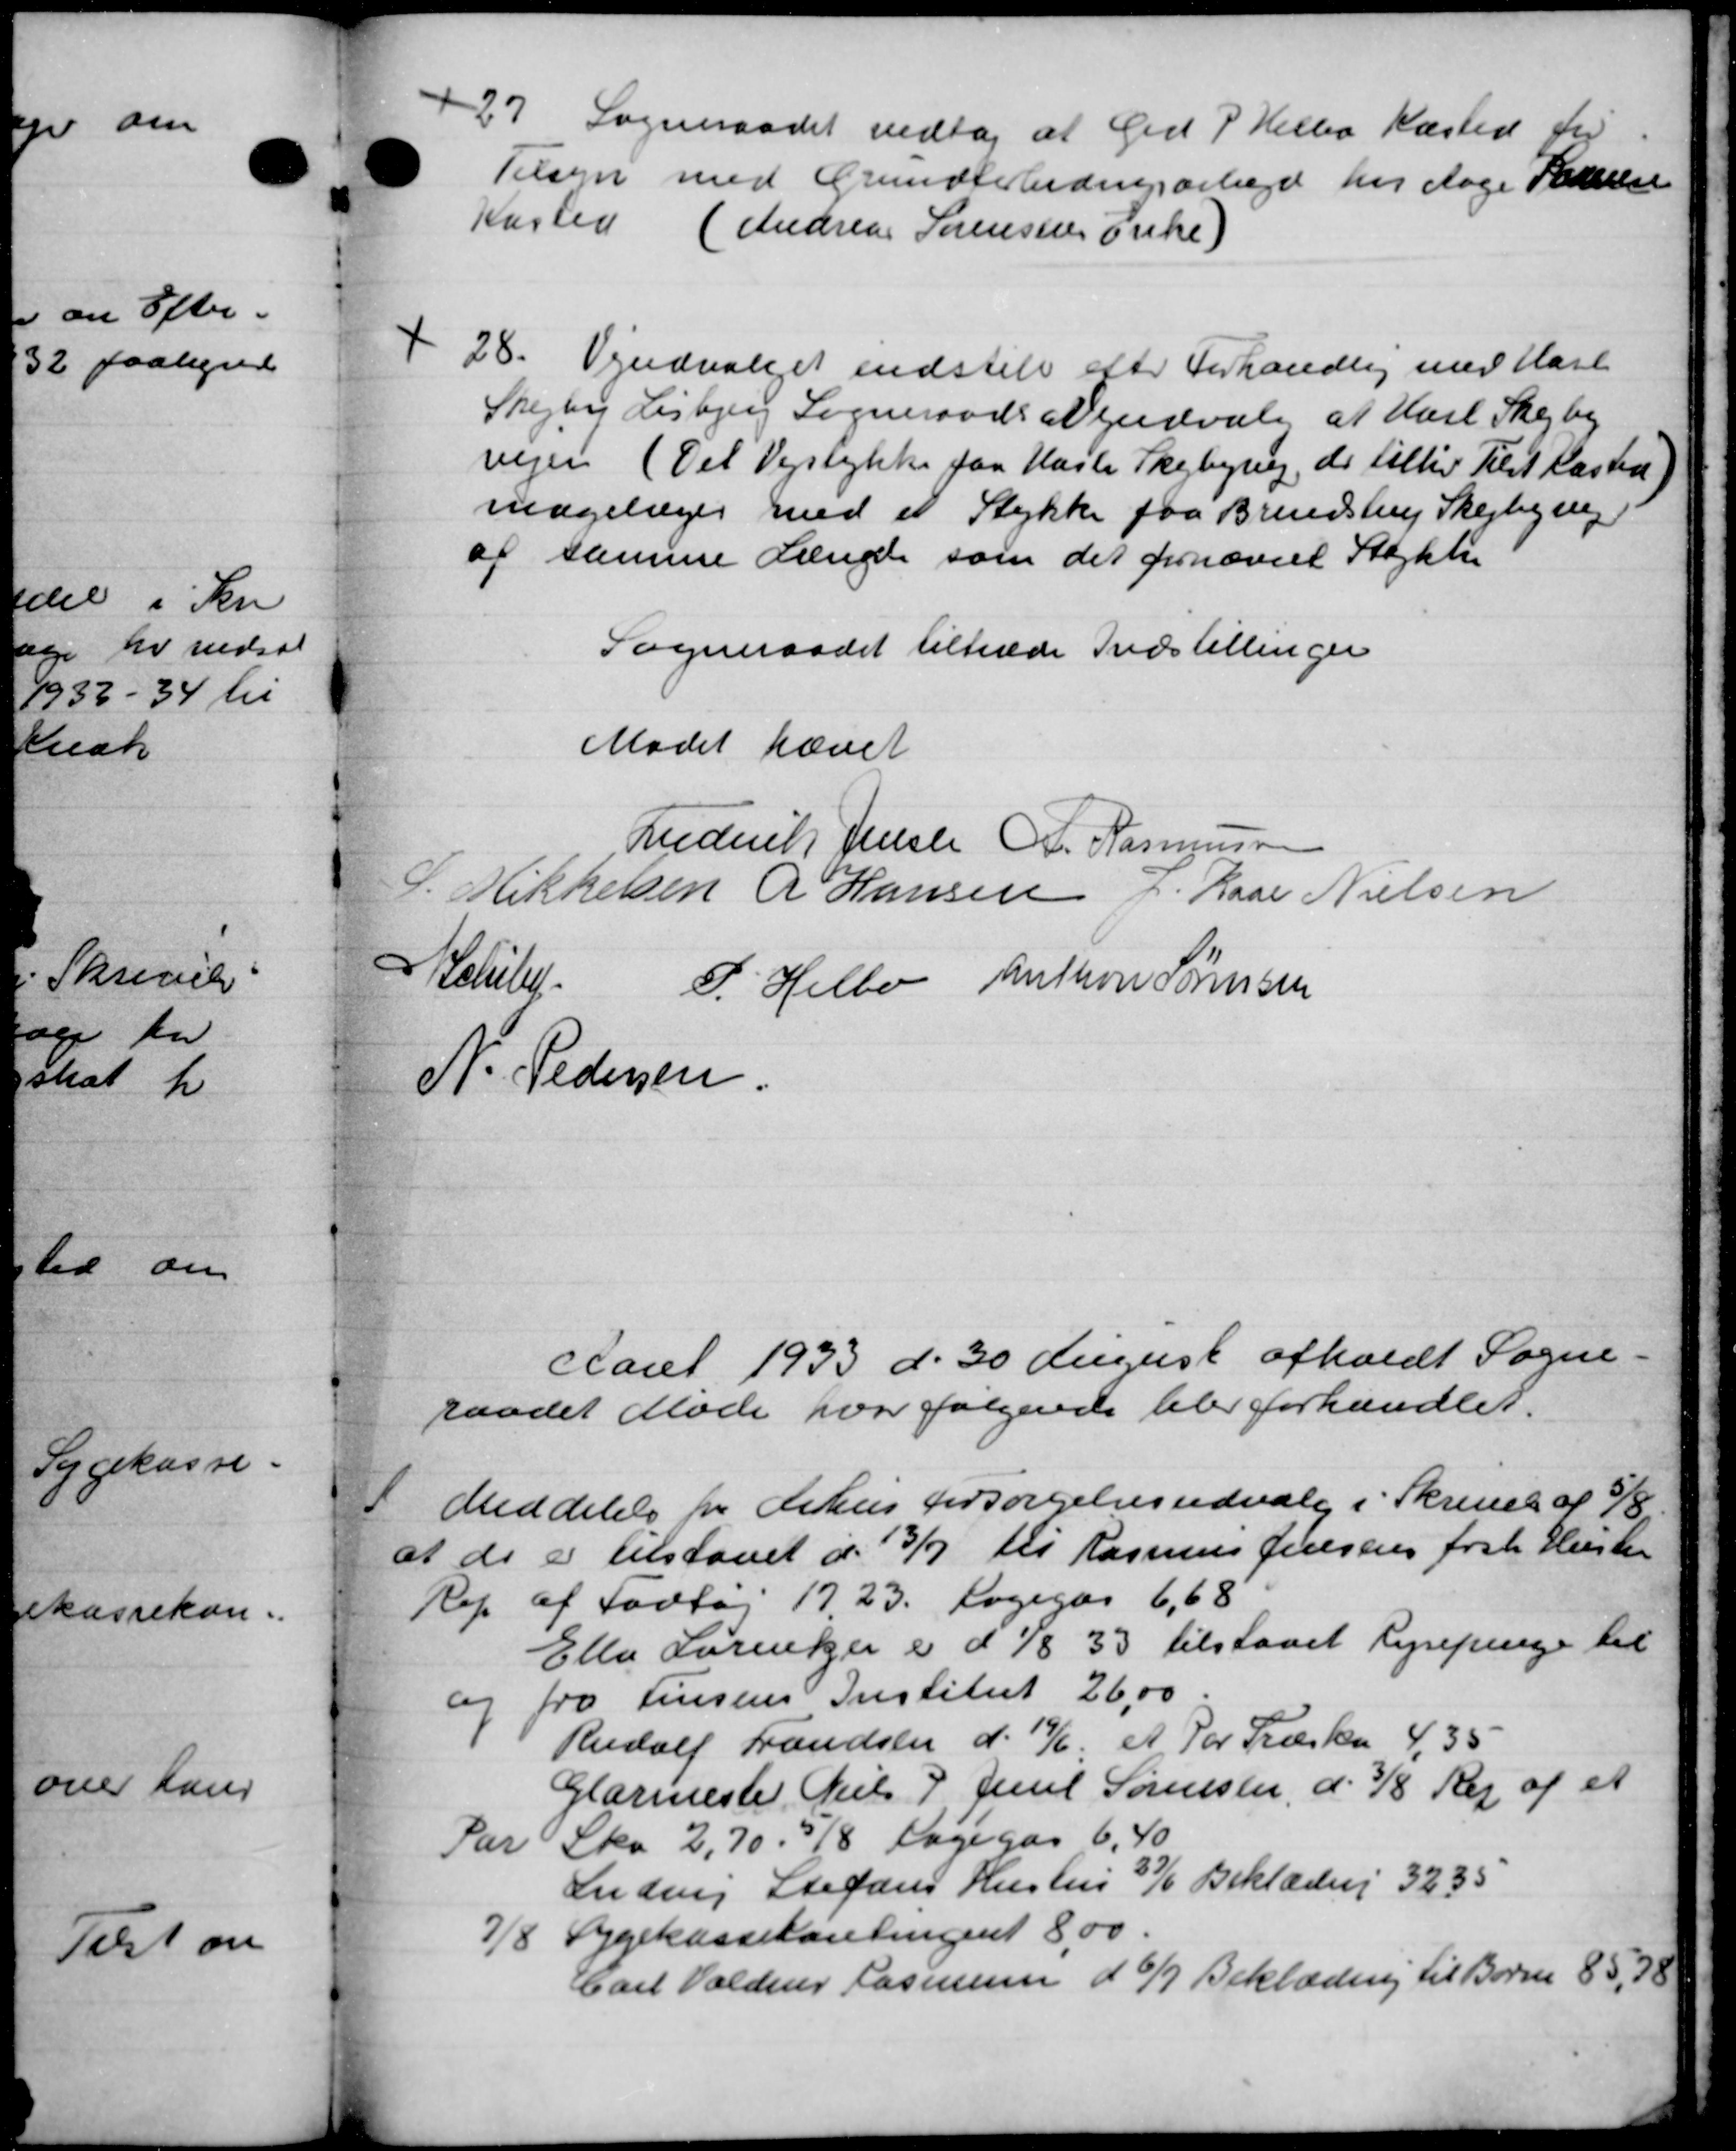
Transskription:
27.
Sogneraadet vedtog at Grd P. Helbo Kæsted for
Tilsyn med Grundforbedringsarbejde her dage Førelse
Kasted (Andreas Sørensens Enke)
+ 28. Vejudvalget indstile efter Forhandling med Hasl
+ 28. Vejudvalget indstile efter Forhandling med Hasl
Skejby Lisbjerg Sogneraads at endvalg at Karl Skejby
vejen (Til Vejstykke paa Hasle Skejbyrup, de tillig Tilst Kasted)
mogeliges med et Stykke faa Brendstrup Skejbyning
af samme Længde som det fornævnt Stykke
Sogneraadet tiltræde Indstillinger
Mødet hævet
Frederik Jensen A. Rasmussen
L. Mikkelsen R Hansen J. Rase Nielsen
Poulse
P. Helbo Anthon Sørensen
N. Pedersen.
Aaret 1933 d. 30 August afholdt Sogne
raadet Møde hvor følgende blev forhandlet.
Meddelelse for Århus forsørgelsesudvalg i Skrivel af 8/8

at de er tilstaaet d. 13/7 til Rasmus Jensens fra Hustru
Rep af Fodtøj 1923. Fogegas 6,68
Ella Lorentzer er d 1/8 33 tilstaaet Lysepenge til
og fra Jensens Institut 26,00
Rudolf Frandsen d. 19/6 et Par Træsten 4,35
Glarmeste Niels P. Juul Sørensen, d. 3/8 Rej af et
Par Sko 2,70.518 Dagegaa 6,40
Ludvig Stefans Hustru 376 Beklæring 32,35
Sygekassekontingent 8,00.
78
Carl Valdem Rasmussen d. 6/7 Beklædning til Børne 85,78